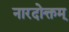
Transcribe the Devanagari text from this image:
नारदोक्तम्